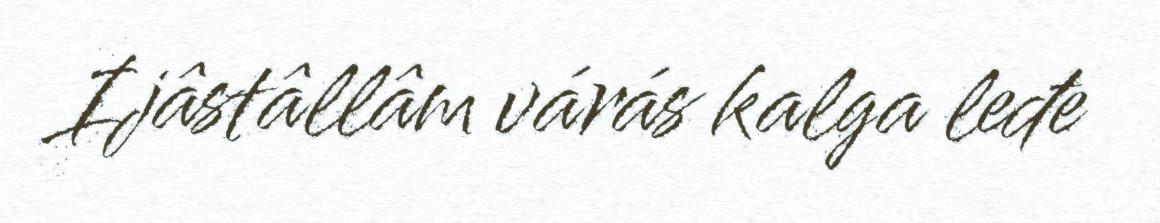
Ijâstâllâm várás kalga leđe